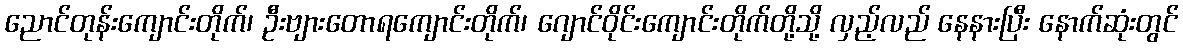
ညောင်တုန်းကျောင်းတိုက်၊ ဦးဗျားတောရကျောင်းတိုက်၊ ဂျောင်ဝိုင်းကျောင်းတိုက်တို့သို့ လှည့်လည် နေနားပြီး နောက်ဆုံးတွင်